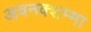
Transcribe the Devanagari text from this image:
अवनक्शम्मा